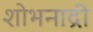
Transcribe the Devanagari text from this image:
शोभनाद्री